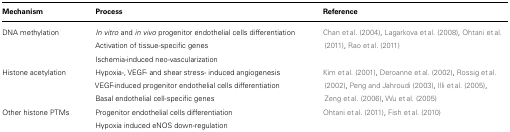
<table><thead><tr><td><b>Mechanism</b></td><td><b>Process</b></td><td><b>Reference</b></td></tr></thead><tbody><tr><td>DNA methylation</td><td><i>In vitro</i> and <i>in vivo</i> progenitor endothelial cells differentiatio Activation of tissue-specific genes Ischemia-induced neo-vascularization</td><td>Chan et al. (2004), Lagarkova et al. (2008), Ohtani et al. (2011), Rao et al. (2011)</td></tr><tr><td>Histone acetylation</td><td>Hypoxia-, VEGF- and shear stress- induced angiogenesis VEGF-induced progenitor endothelial cells differentiation Basal endothelial cell-specific genes</td><td>Kim et al. (2001), Deroanne et al. (2002), Rossig et al. (2002), Peng and Jahroudi (2003), Illi et al. (2005), Zeng et al. (2006), Wu et al. (2005)</td></tr><tr><td>Other histone PTMs </td><td>Progenitor endothelial cells differentiation Hypoxia induced eNOS down-regulation</td><td>Ohtani et al. (2011), Fish et al. (2010)</td></tr></tbody></table>